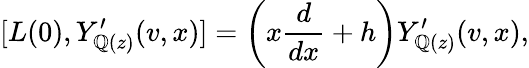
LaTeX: [L(0),Y_{\mathbb{Q}(z)}^{\prime}(v,x)]=\left(x\frac{{d}}{{dx}}+h\right)Y_{\mathbb{Q}(z)}^{\prime}(v,x),